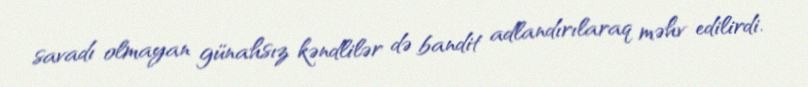
savadı olmayan günahsız kəndlilər də bandit adlandırılaraq məhv edilirdi.